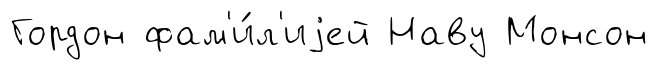
Гордон фам'и́л'иjей Наву Монсон